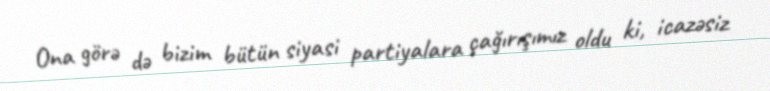
Ona görə də bizim bütün siyasi partiyalara çağırışımız oldu ki, icazəsiz